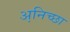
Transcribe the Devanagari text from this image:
अनि़च्छा